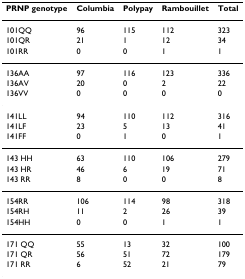
| PRNP genotype | Columbia | Polypay | Rambouillet | Total |
 | --- | --- | --- | --- | --- |
 | 101QQ | 96 | 115 | 112 | 323 |
 | 101QR | 21 | 1 | 12 | 34 |
 | 101RR | 0 | 0 | 1 | 1 |
 | 136AA | 97 | 116 | 123 | 336 |
 | 136AV | 20 | 0 | 2 | 22 |
 | 136VV | 0 | 0 | 0 | 0 |
 | 141LL | 94 | 110 | 112 | 316 |
 | 141LF | 23 | 5 | 13 | 41 |
 | 141FF | 0 | 1 | 0 | 1 |
 | 143 HH | 63 | 110 | 106 | 279 |
 | 143 HR | 46 | 6 | 19 | 71 |
 | 143 RR | 8 | 0 | 0 | 8 |
 | 154RR | 106 | 114 | 98 | 318 |
 | 154RH | 11 | 2 | 26 | 39 |
 | 154HH | 0 | 0 | 1 | 1 |
 | 171 QQ | 55 | 13 | 32 | 100 |
 | 171 QR | 56 | 51 | 72 | 179 |
 | 171 RR | 6 | 52 | 21 | 79 |